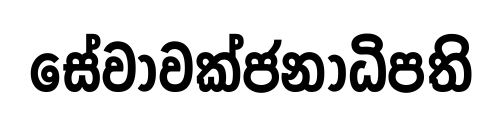
සේවාවක්ජනාධිපති